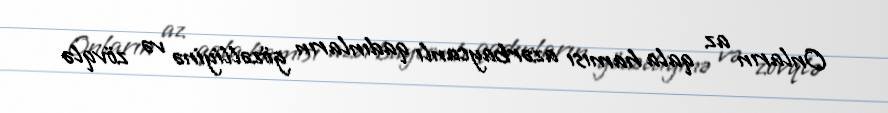
Onların az qala hamısı azərbaycanlı qadınların gözəlliyinə və zövqlə